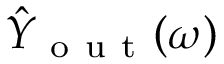
\hat { Y } _ { \mathrm { ~ o ~ u ~ t ~ } } ( \omega )